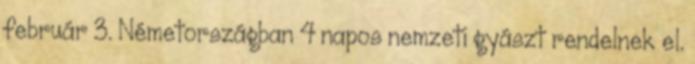
február 3. Németországban 4 napos nemzeti gyászt rendelnek el.